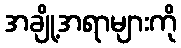
အချို့အရာများကို